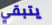
يتبقي